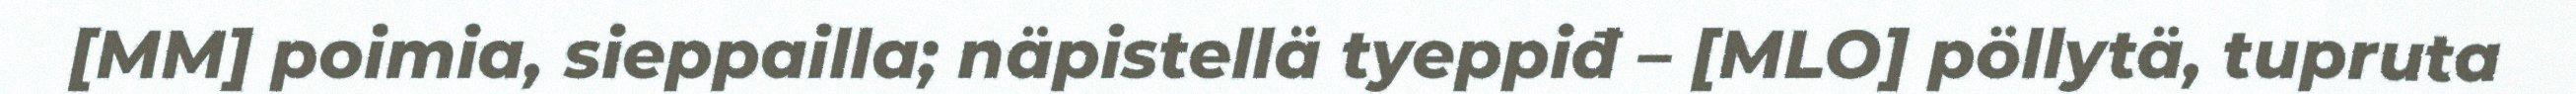
[MM] poimia, sieppailla; näpistellä tyeppiđ – [MLO] pöllytä, tupruta